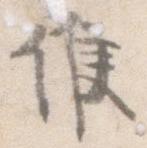
候